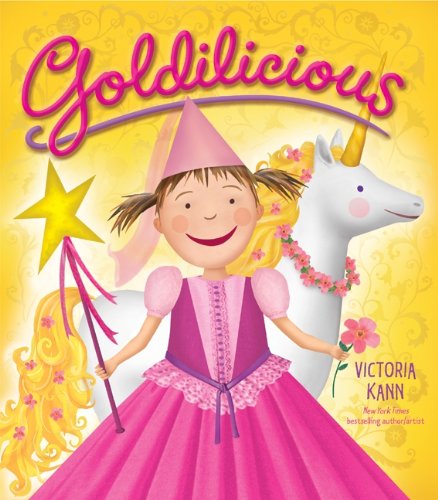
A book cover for Goldilicious (Pinkalicious); Victoria Kann; Children's Books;